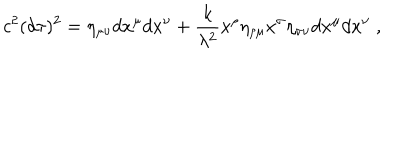
c ^ { 2 } ( d \tau ) ^ { 2 } = \eta _ { \mu \nu } d x ^ { \mu } d x ^ { \nu } + \frac { k } { \lambda ^ { 2 } } x ^ { \rho } \eta _ { \rho \mu } x ^ { \sigma } \eta _ { \sigma \nu } d x ^ { \mu } d x ^ { \nu } \; ,